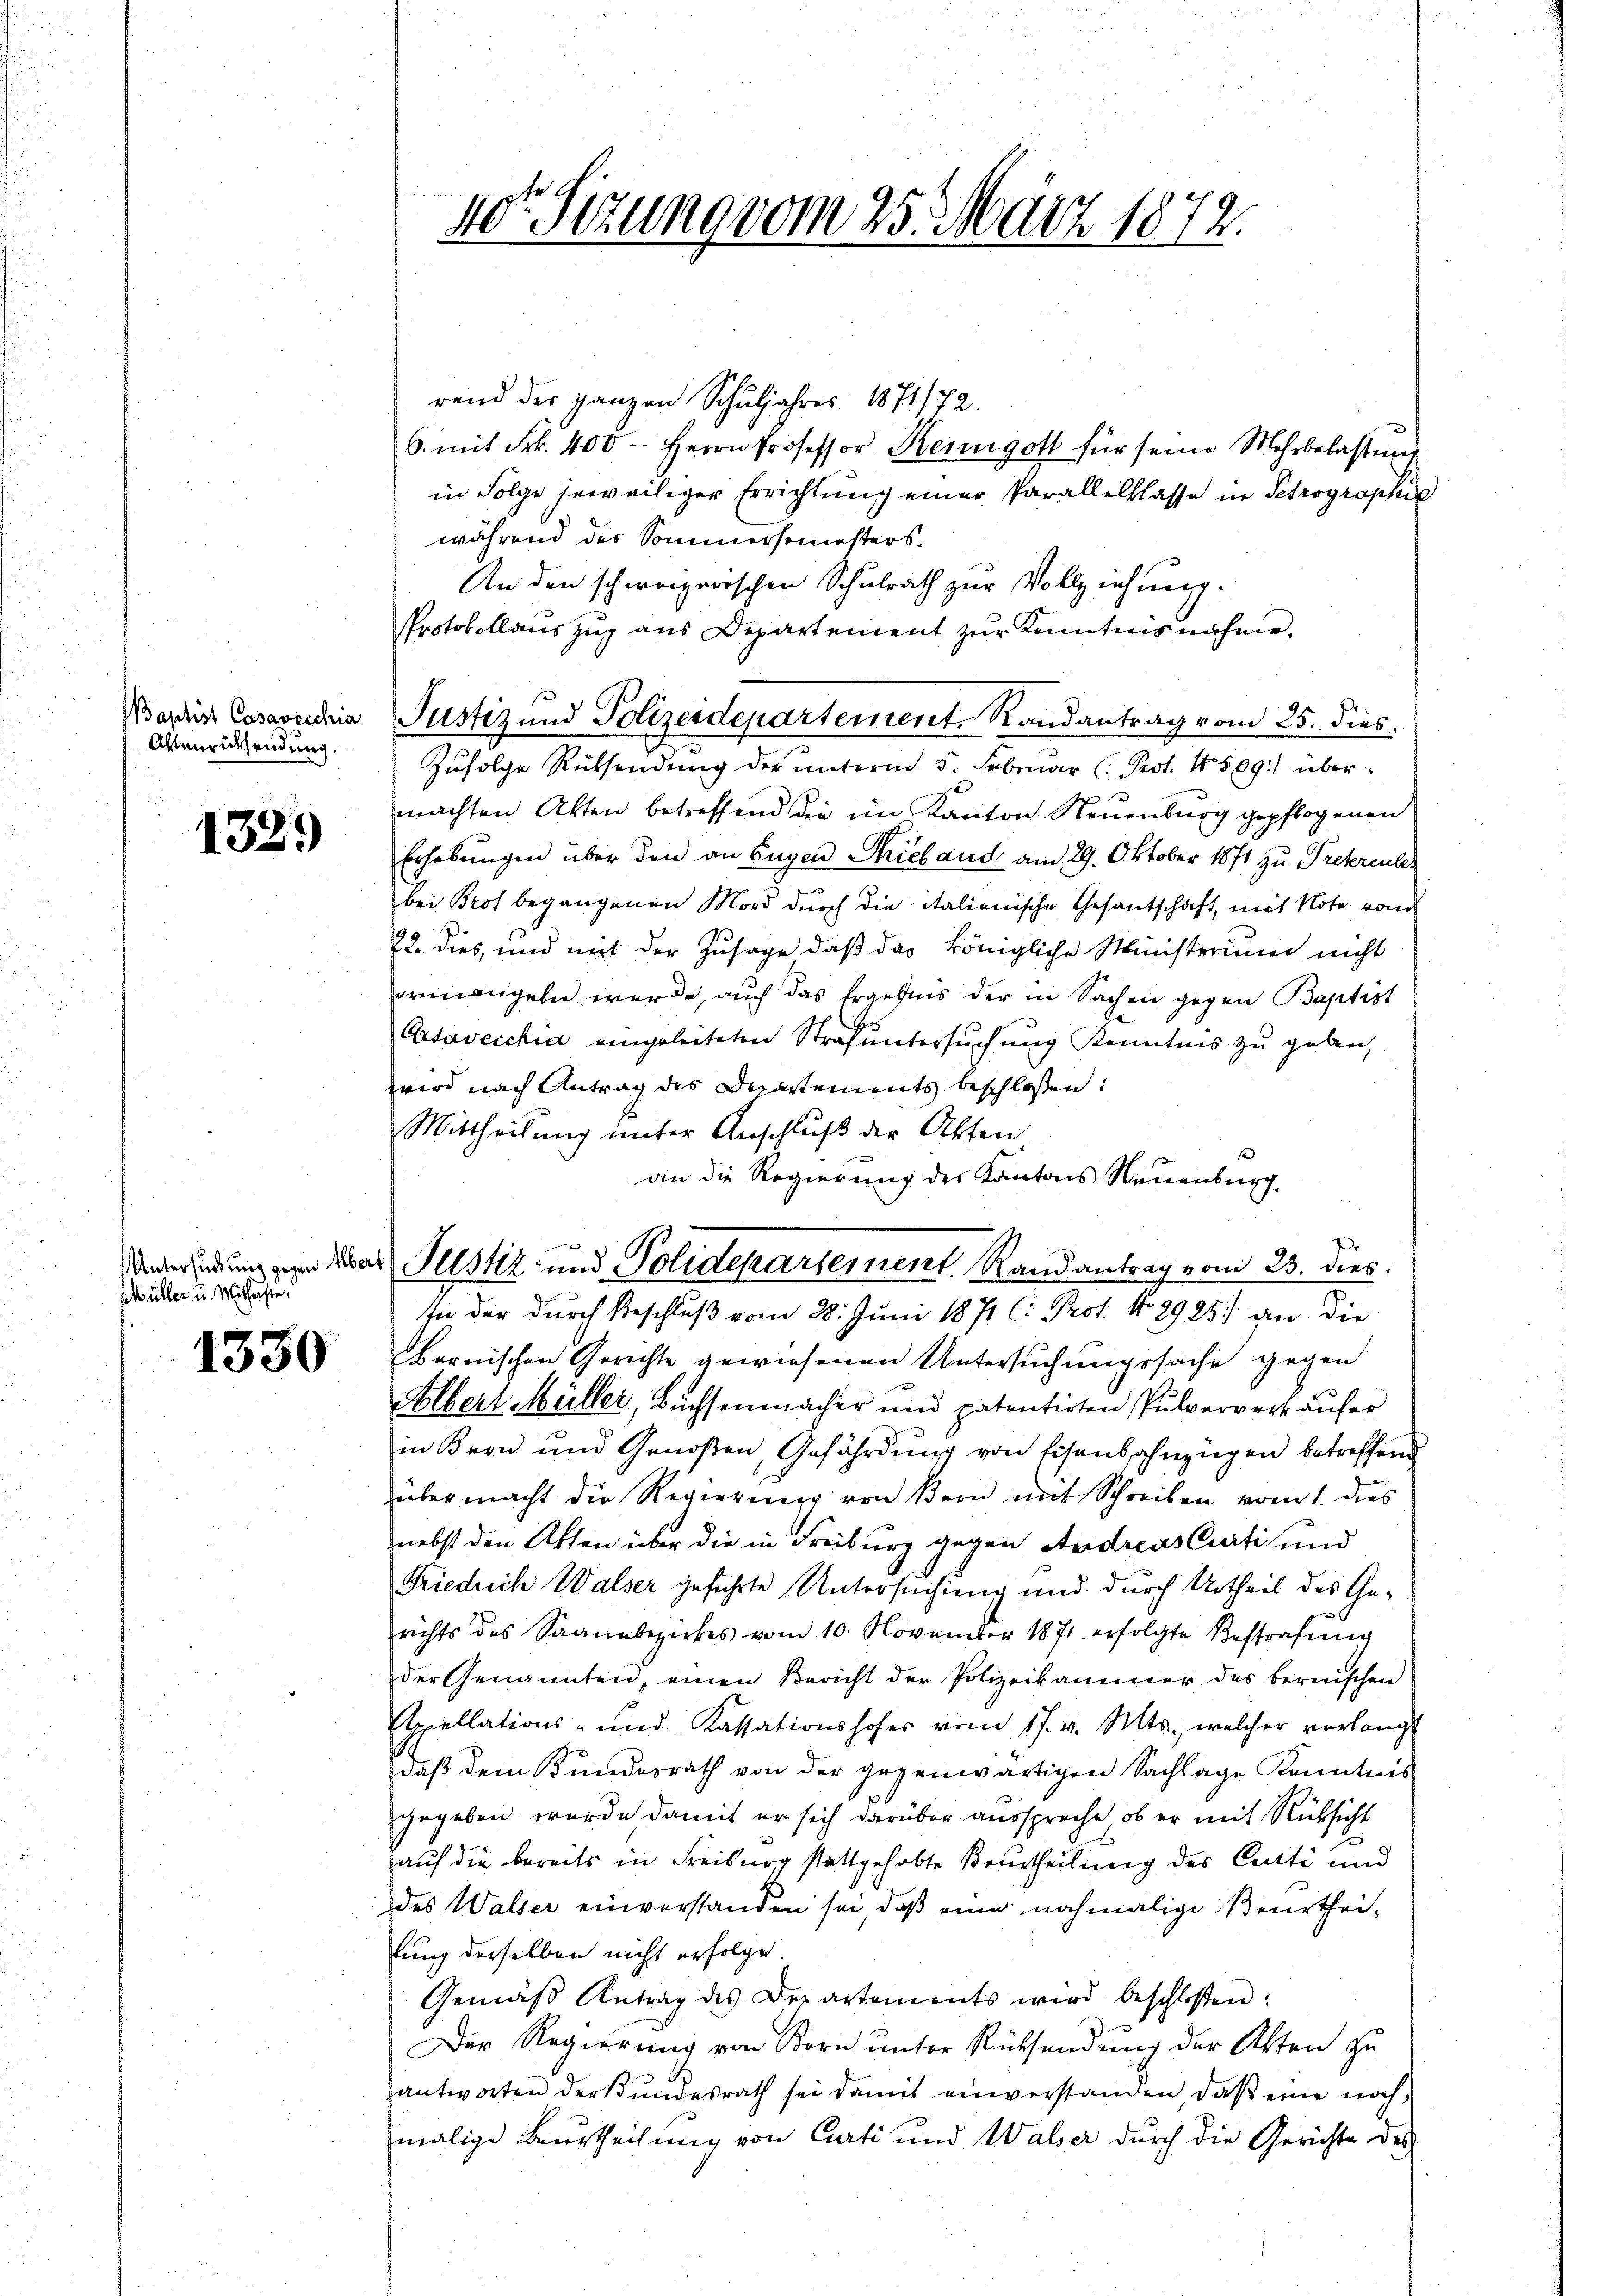
Baptist Casavecchia
Altenrücksendung.

1329

hüller u. Mithafte

1330

40te Sitzung vom 25. März 1874.

rend der ganzen Schuljahres 1871/72.
6. mit Frk. 400 - Herrn Professor Beimigott für seine Mehrbelassŭng
in Folge jeweiliger Errichtung einer Parallelklasse in Petrographis
während der Sommersemesters.
An den schweizerischen Schulrath zur Vollziehung.
Protokollauszug aus Departement zur Kenntnis nähme.
Pustiz und Polizeidepartement Randantrag vom 25. dies
Zŭfolge Rücksendung der unterm 5. Februar (: Prot. 4 509.) übermachten Akten betreffend die im Kanton Neuenburg gepflogenen
Erhebungen über den an Eugen Sieband am 29. Oktober 1871 zu Treterentes
bei Prof begangenen Mord durch die italienische Gesantschaft, mit Note von
22. dies, und mit der Zusage daß das königliche Ministerium nicht
ermangeln werde, auch das Ergebnis der in Sachen gegen Baptist
Atavecchia eingeleiteten Strafuntersuchung Kenntnis zu geben,
wwird nach Antrag des Departements beschloßen:
Mittheilung unter Anschluß der Akten
an die Regierung des Kantons Neuenburg
sie der durch Beschluß vom 28. Juni 1871 (: Prot. No 2925) an die
bernischen Gerichte gewiesenen Untersuchungssache gegen
Albert Müller, Buchsenmacher und patentirten Pulververkäufer
in Bron und Genoßen, Gefährdung von Eisenbahnzügen betreffen
übermacht die Regierung von Bern mit Schreiben vom 1. dies
nebst den Akten über die in Freiburg gegen Andreas Curti und
Friedrich Walser geführte Untersuchung und durch Urtheil des Gerichts des Saannbezirkes vom 10. November 1871 erfolgte Bestrafŭng
der Genannten, einen Bericht der Polizeikammer des bernischen
Apellations- und Kassationshofes vom 17. v. Mts., welcher vorlangt
daß dem Kundesrath von der gegenwärtigen Sachlage Kenntnis
gegeben wurde damit er sich darüber ausspreche, ob er mit Rücksicht
g.
auf die bereits in Freiburg stattgehabte Beurtheilung des Cutti und
des Walser einverstanden sei, daß eine nochmalige Beurtheilung derselben nicht erfolge
Gemäβ Antrag des Departements wird beschloßen:
Der Regierung von Born unter Rücksendung der Akten zu
antworten der Bundesrath sei damit einverstanden, daß eine noch,
malige Beurtheilung von Curti und Walser durch die Gerichte des

nversendung gern der Pelstiz- und Polidepartement Randantrag vom 23. dies